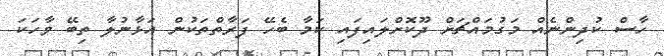
ހާސް ކުދިންނެއް މަގުމައްޗަށް ދޫކޮށްލައިފައި ކަމާ ބެހޭ ފަރާތްތަކުން އަޅާނުލާ ތިބޭ ވާހަކަ